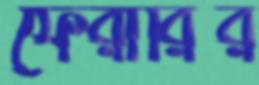
ফেরারির